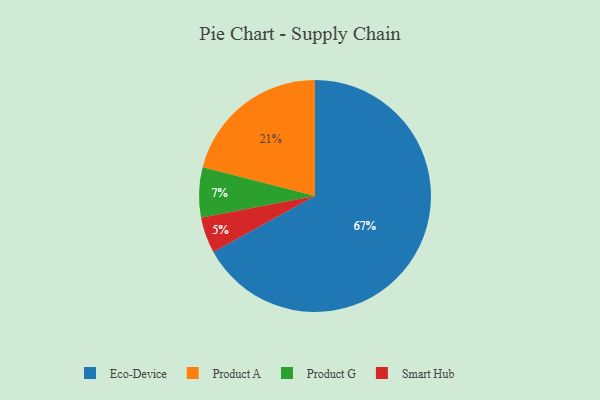
{"axis": {"x": "Category", "y": "Percentage"}, "legend": ["Eco-Device", "Product A", "Product G", "Smart Hub"], "data": [{"x": "Eco-Device", "y": 67, "type": "Eco-Device"}, {"x": "Product G", "y": 7, "type": "Product G"}, {"x": "Product A", "y": 21, "type": "Product A"}, {"x": "Smart Hub", "y": 5, "type": "Smart Hub"}]}